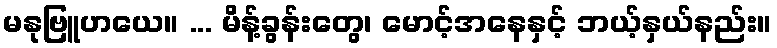
မနုဗြူဟယေ။ ... မိန့်ခွန်းတွေ၊ မောင့်အနေနှင့် ဘယ့်နှယ်နည်း။